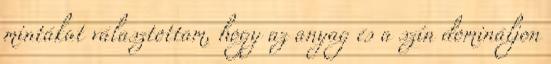
mintákat választottam, hogy az anyag és a szín domináljon